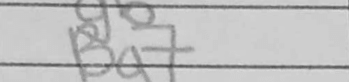
Transcription: Bg7